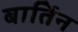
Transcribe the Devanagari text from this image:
बार्तिन